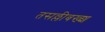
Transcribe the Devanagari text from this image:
तसल्लीबख्श